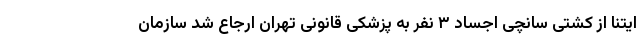
ایتنا از کشتی سانچی اجساد ۳ نفر به پزشکی قانونی تهران ارجاع شد سازمان